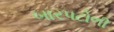
બારપટોળી